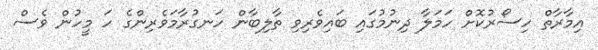
އިމާރާތް ހިސޯރުކޮށް ހަމަލާ ދިނުމުގައި ބައިވެރިވި ތާލިބާން ހަނގުރާމަވެރިންގެ ހަ މީހުން ވެސް